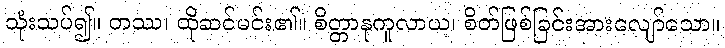
သုံးသပ်၍။ တဿ၊ ထိုဆင်မင်း၏။ စိတ္တာနုကူလာယ၊ စိတ်ဖြစ်ခြင်းအားလျော်သော။